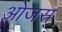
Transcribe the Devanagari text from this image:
ओजस्‌